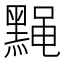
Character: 𫜙